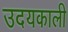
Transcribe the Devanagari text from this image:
उदयकाली